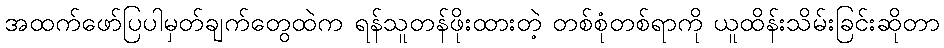
အထက်ဖော်ပြပါမှတ်ချက်တွေထဲက ရန်သူတန်ဖိုးထားတဲ့ တစ်စုံတစ်ရာကို ယူထိန်းသိမ်းခြင်းဆိုတာ